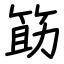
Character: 筯